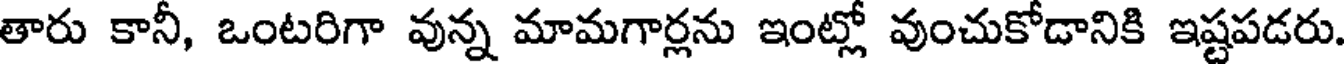
తారు కానీ, ఒంటరిగా వున్న మామగార్లను ఇంట్లో వుంచుకోడానికి ఇష్టపడరు.